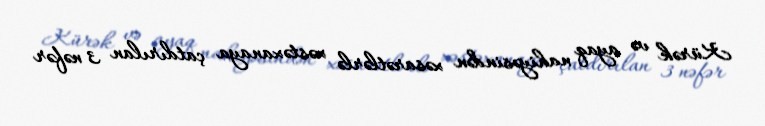
Kürək və ayaq nahiyəsindən xəsarətlərlə xəstəxanaya çatdırılan 3 nəfər